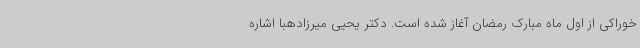
خوراکی از اول ماه مبارک رمضان آغاز شده است. دکتر یحیی میرزادهبا اشاره